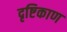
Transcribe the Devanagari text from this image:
दृष्टिकाण